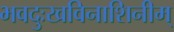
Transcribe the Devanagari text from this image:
भवदुःखविनाशिनीम्